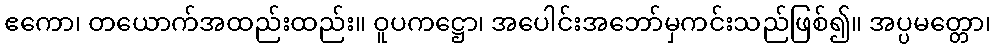
ဧကော၊ တယောက်အထည်းထည်း။ ဝူပကဋ္ဌော၊ အပေါင်းအဘော်မှကင်းသည်ဖြစ်၍။ အပ္ပမတ္တော၊